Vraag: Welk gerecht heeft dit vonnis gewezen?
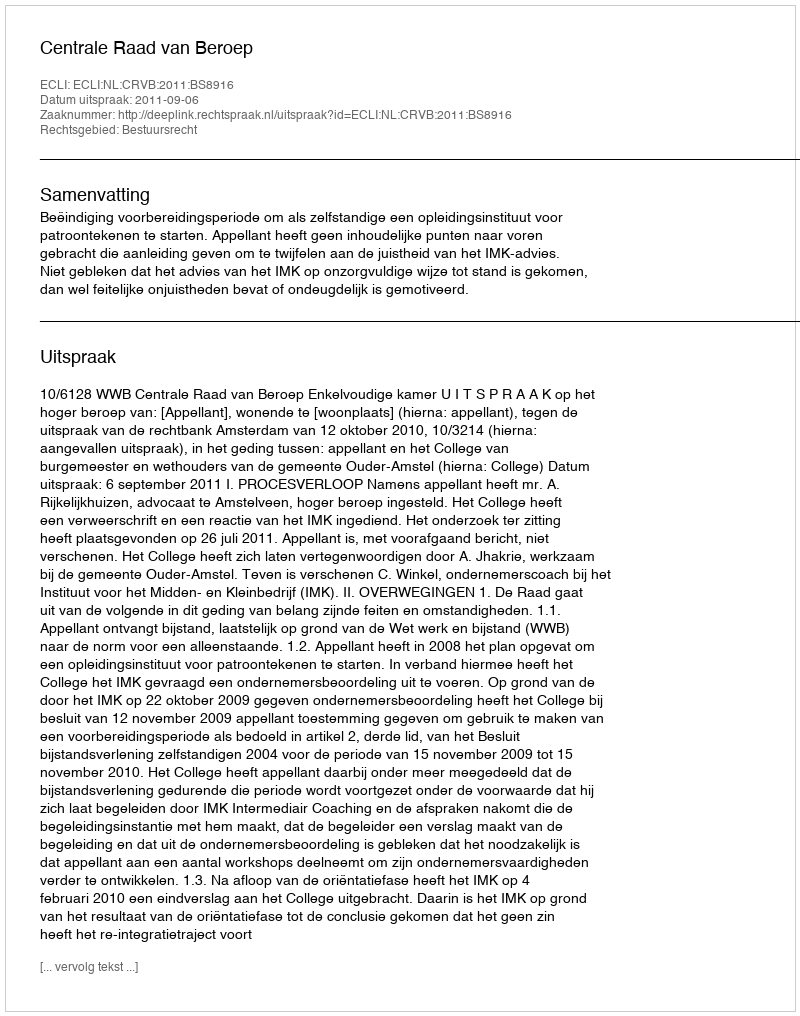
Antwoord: Centrale Raad van Beroep